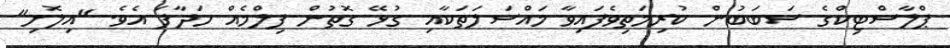
ޕްލާސްޓިކްގެ ސަބަބުން ކުރިމަތިވެފައިވާ މައްސަލަތަކާއި ގުޅޭ ގޮތުން ފިލްމެއް ހަދާފަ އެވެ. "އިލޮށި"